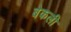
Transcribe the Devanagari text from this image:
बेकली